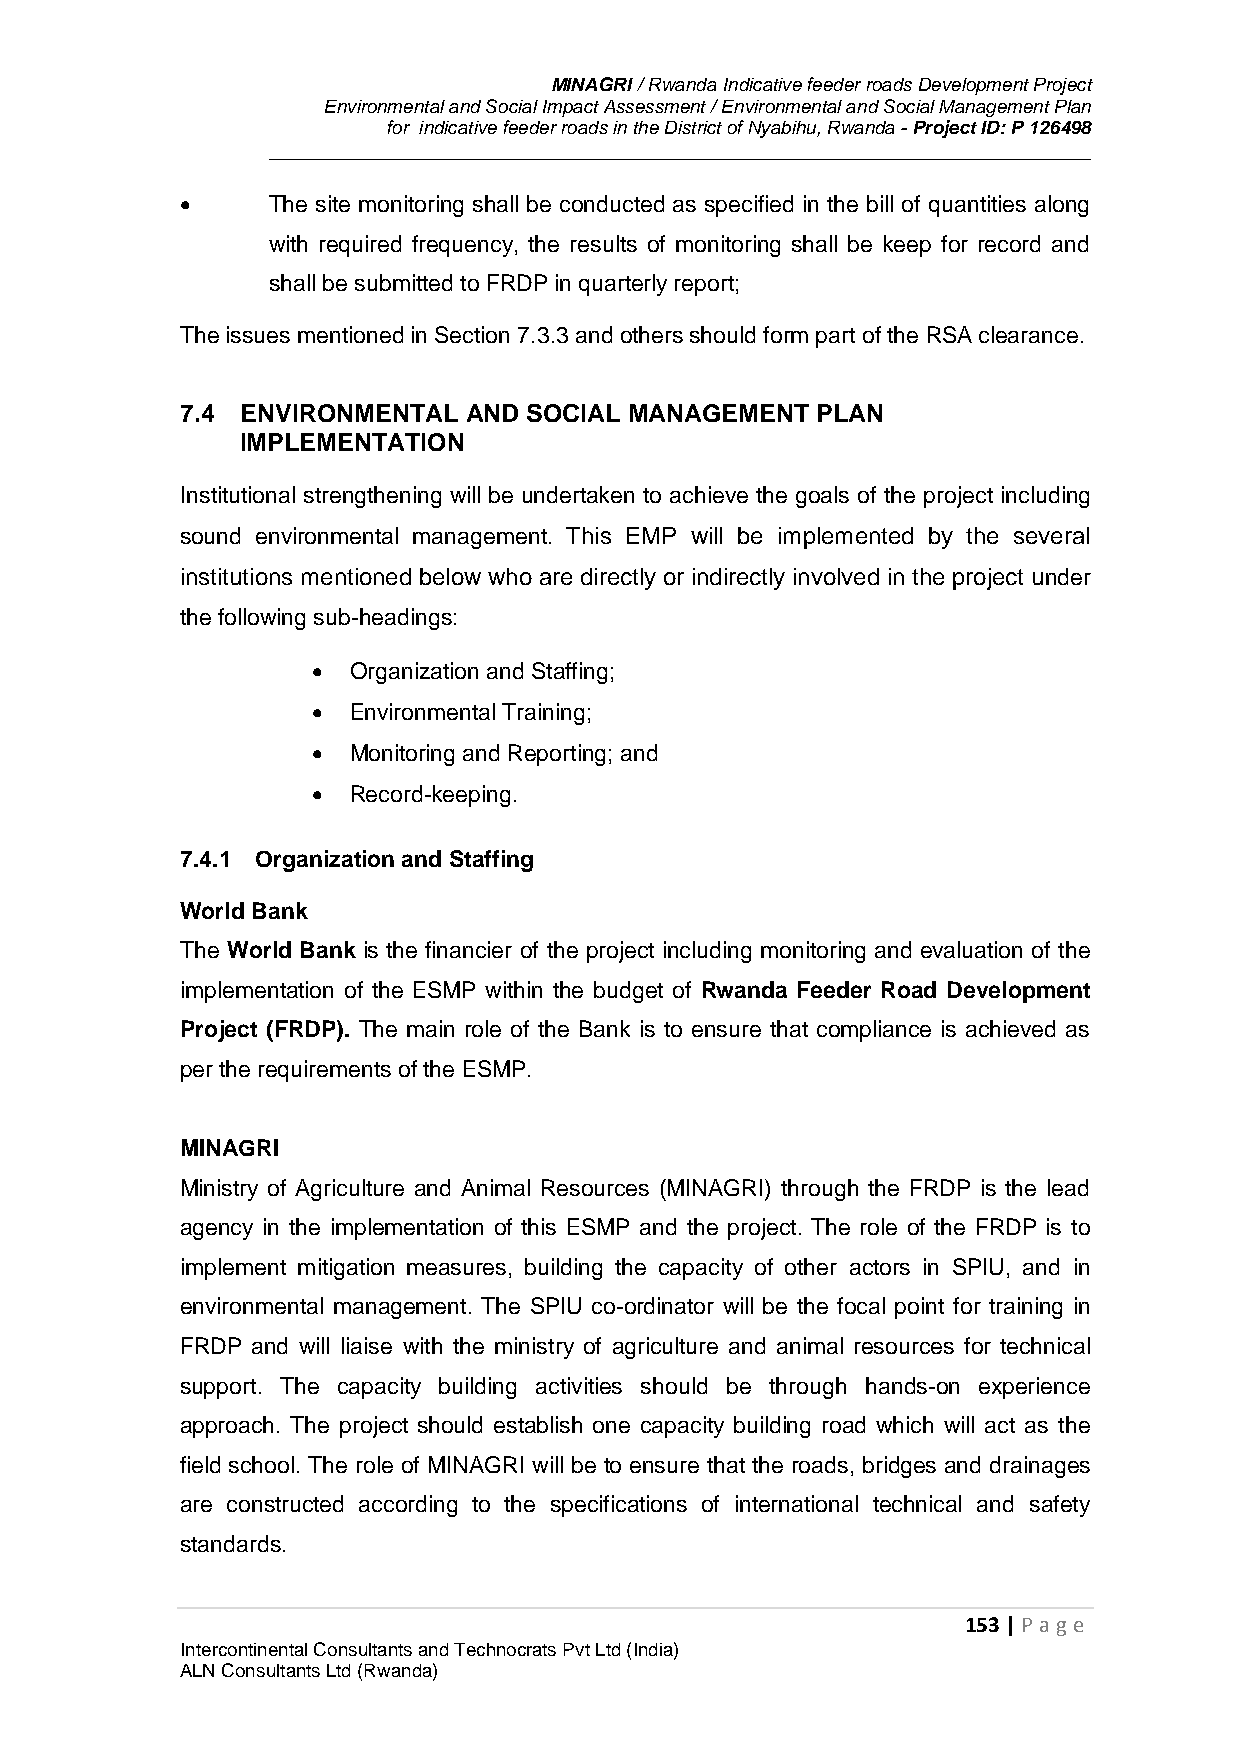
MINAGRI / Rwanda Indicative feeder roads Development Project
 Environmental and Social Impact Assessment / Environmental and Social Management Plan
 for indicative feeder roads in the District of Nyabihu, Rwanda - Project ID: P 126498
      The site monitoring shall be conducted as specified in the bill of quantities along
 with required frequency, the results of monitoring shall be keep for record and
 shall be submitted to FRDP in quarterly report;
 The issues mentioned in Section 7.3.3 and others should form part of the RSA clearance.
 7.4 ENVIRONMENTAL  AND SOCIAL MANAGEMENT  PLAN
 IMPLEMENTATION
 Institutional strengthening will be undertaken to achieve the goals of the project including
 sound environmental management. This EMP will be implemented by the several
 institutions mentioned below who are directly or indirectly involved in the project under
 the following sub-headings:
  Organization and Staffing;
  Environmental Training;
  Monitoring and Reporting; and
  Record-keeping.
 7.4.1 Organization and Staffing
 World Bank
 The World Bank is the financier of the project including monitoring and evaluation of the
 implementation of the ESMP within the budget of Rwanda Feeder Road Development
 Project (FRDP). The main role of the Bank is to ensure that compliance is achieved as
 per the requirements of the ESMP.
 MINAGRI
 Ministry of Agriculture and Animal Resources (MINAGRI) through the FRDP is the lead
 agency in the implementation of this ESMP and the project. The role of the FRDP is to
 implement mitigation measures, building the capacity of other actors in SPIU, and in
 environmental management. The SPIU co-ordinator will be the focal point for training in
 FRDP and will liaise with the ministry of agriculture and animal resources for technical
 support. The capacity building activities should be through hands-on experience
 approach. The project should establish one capacity building road which will act as the
 field school. The role of MINAGRI will be to ensure that the roads, bridges and drainages
 are constructed according to the specifications of international technical and safety
 standards.
 153 | P age
 Intercontinental Consultants and Technocrats Pvt Ltd (India)
 ALN Consultants Ltd (Rwanda)